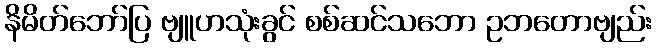
နိမိတ်ဘော်ပြ ဗျူဟသုံးခွင် စစ်ဆင်သဘော ဥဘတောဗျည်း